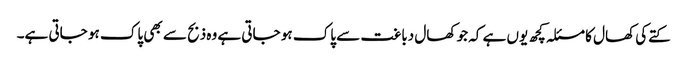
کتےکی کھال کا مسئلہ کچھ یوں ہے کہ جو کھال دباغت سے پاک ہو جاتی ہے وہ ذبح سے بھی پاک ہو جاتی ہے۔